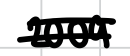
Text: 2009.
Cross-out: double-line
Writing tool: digital_black